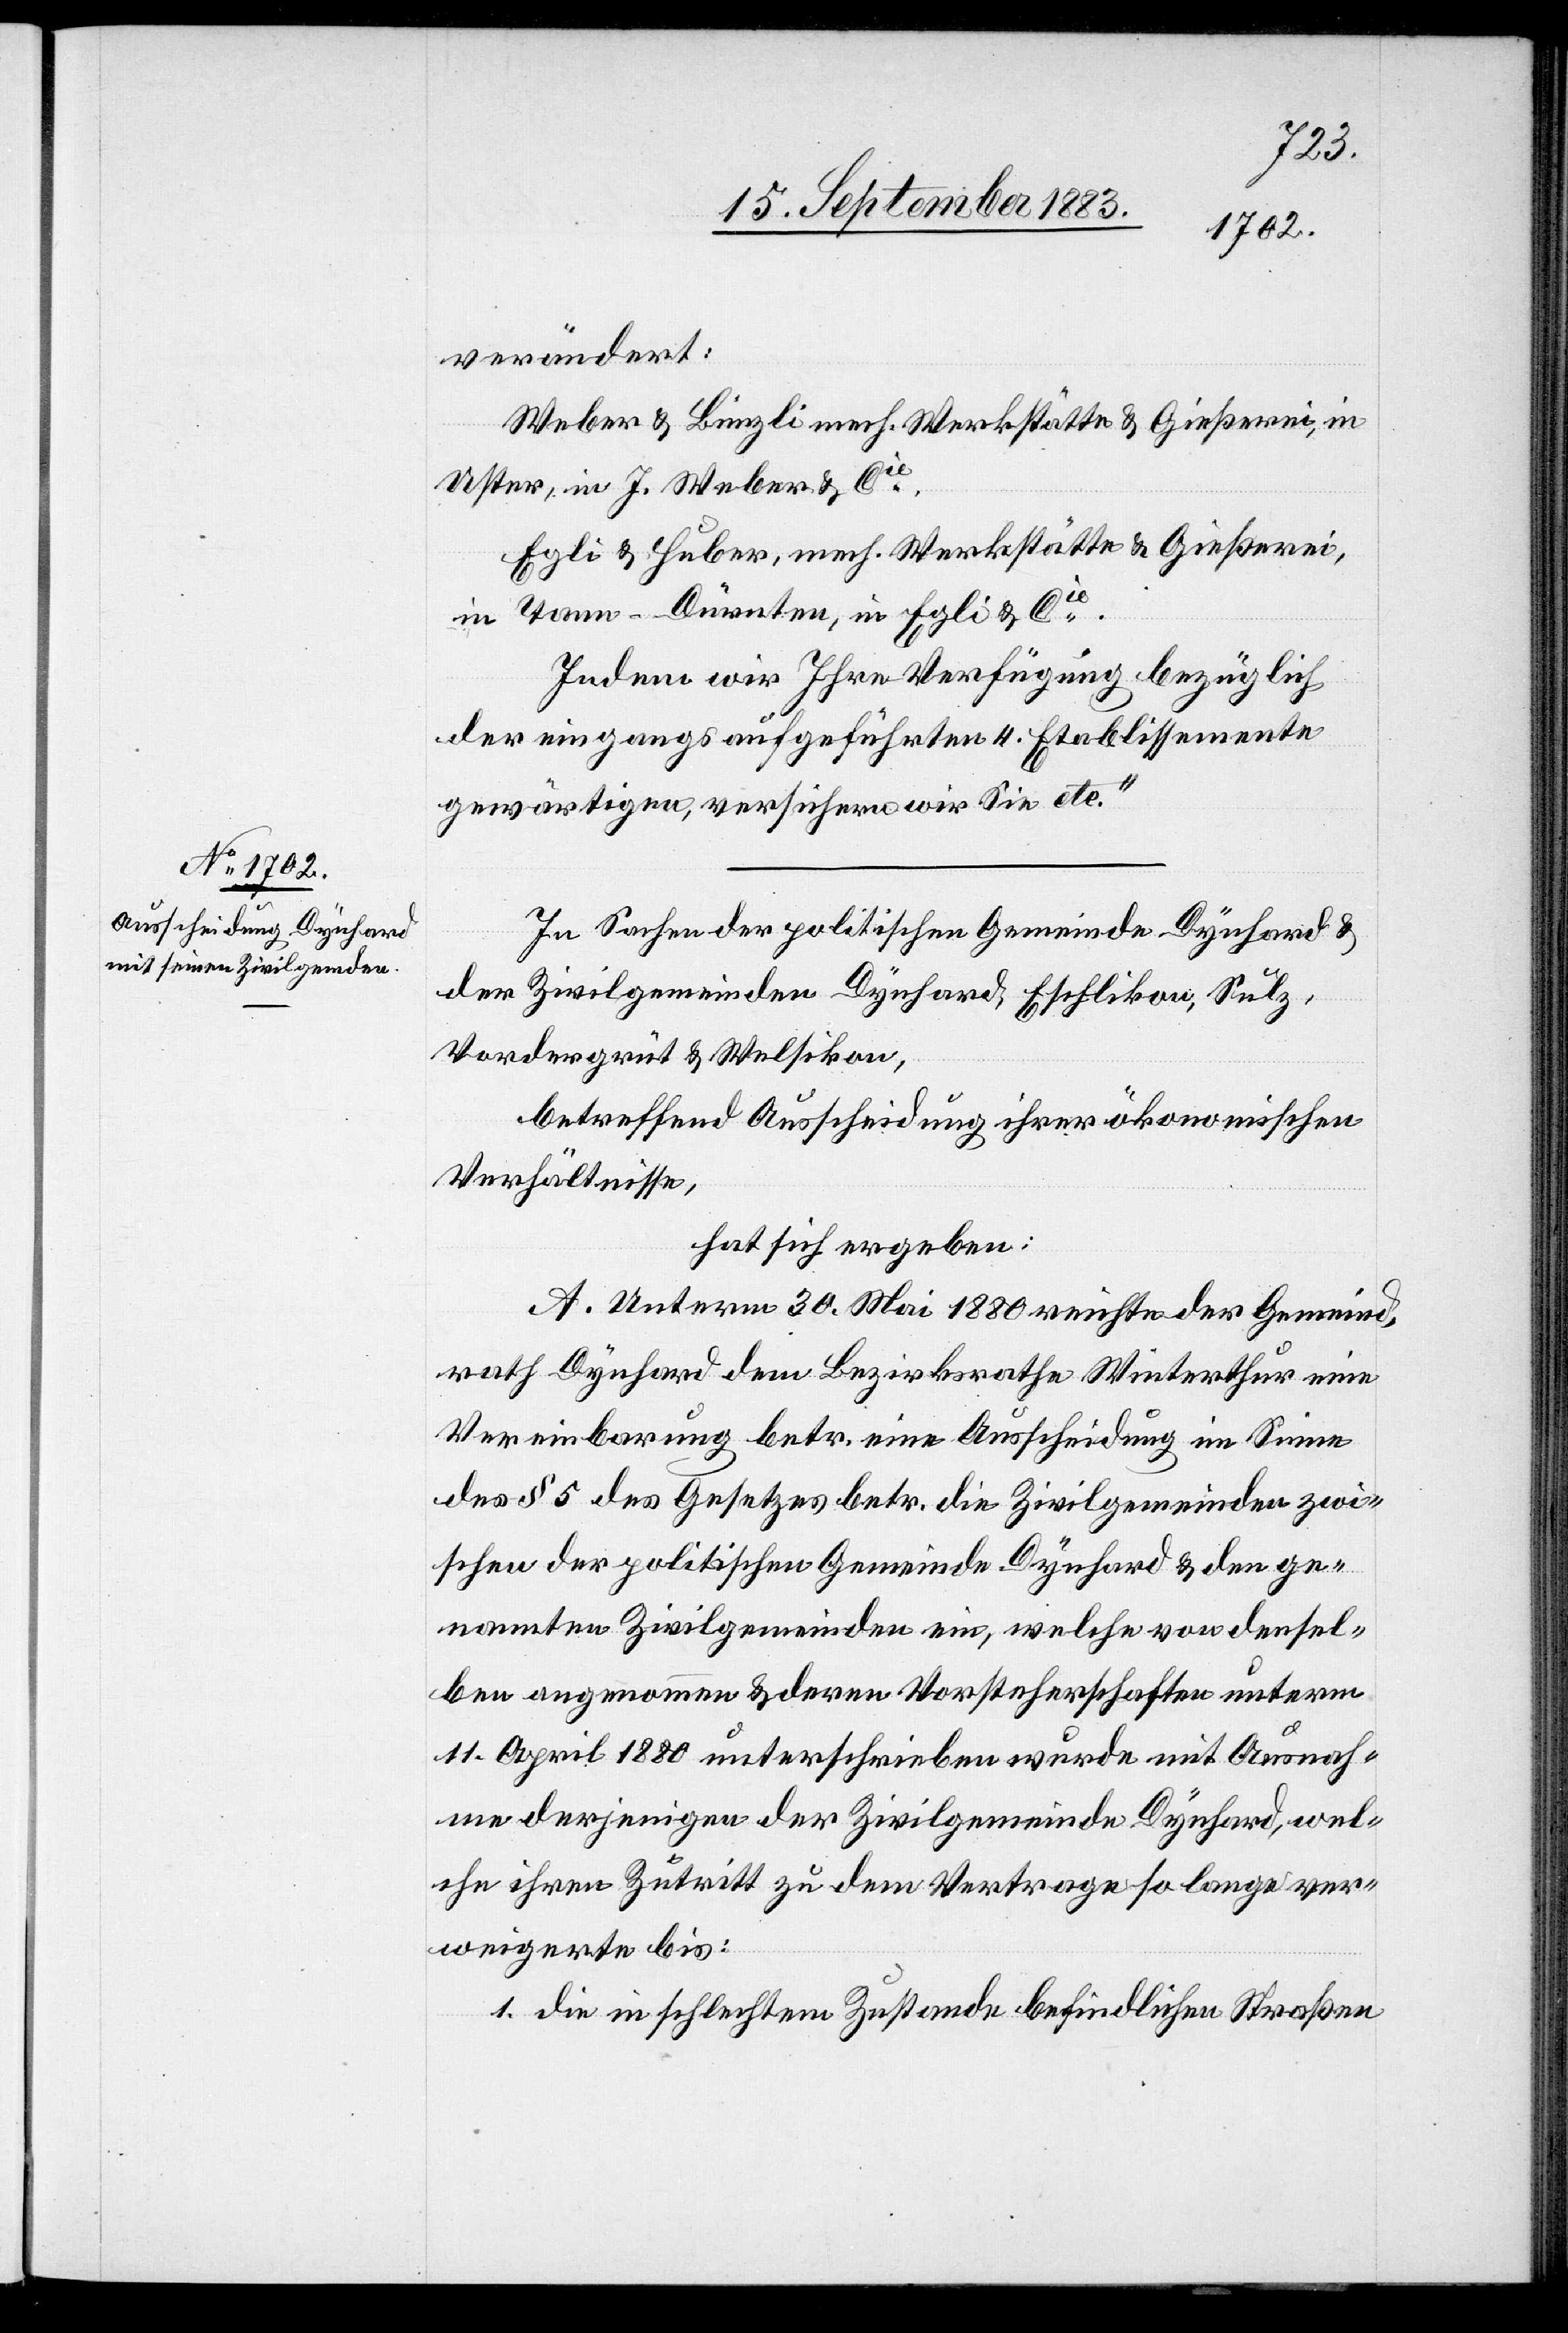
verändert:
Weber & Bünzli mech. Werkstätte & Gießerei, in
Uster, in J. Weber & Cie.
Egli & Huber, mech. Werkstätte & Gießerei,
in Tann - Dürnten, in Egli & Cie.
Indem wir Ihre Verfügung bezüglich
der eingangs aufgeführten 4 Etablissemente
gewärtigen, versichern wir Sie etc.“
In Sachen der politischen Gemeinde Dynhard &
der Zivilgemeinden Dynhard, Eschlikon, Sulz,
Vordergrüt & Welsikon,
betreffend Ausscheidung ihrer ökonomischen
Verhältnisse,
hat sich ergeben:
A. Unterm 30. Mai 1880 reichte der Gemeind¬
rath Dynhard dem Bezirksrathe Winterthur eine
Vereinbarung betr. die Ausscheidung im Sinne
des § 5 des Gesetzes betr. die Zivilgemeinden zwi¬
schen der politischen Gemeinde Dynhard & den ge¬
nannten Zivilgemeinden ein, welche von densel¬
ben angenommen & deren Vorsteherschaften unterm
11. April 1880 unterschrieben wurde mit Ausnah¬
me derjenigen der Zivilgemeinde Dynhard, wel¬
che ihren Zutritt zu dem Vertrage so lange ver¬
weigerte bis:
1. die in schlechtem Zustande befindlichen Straßen